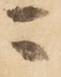
ニ